Report on vaccination proceedings throughout the Government of Bengal -
Year: 1868
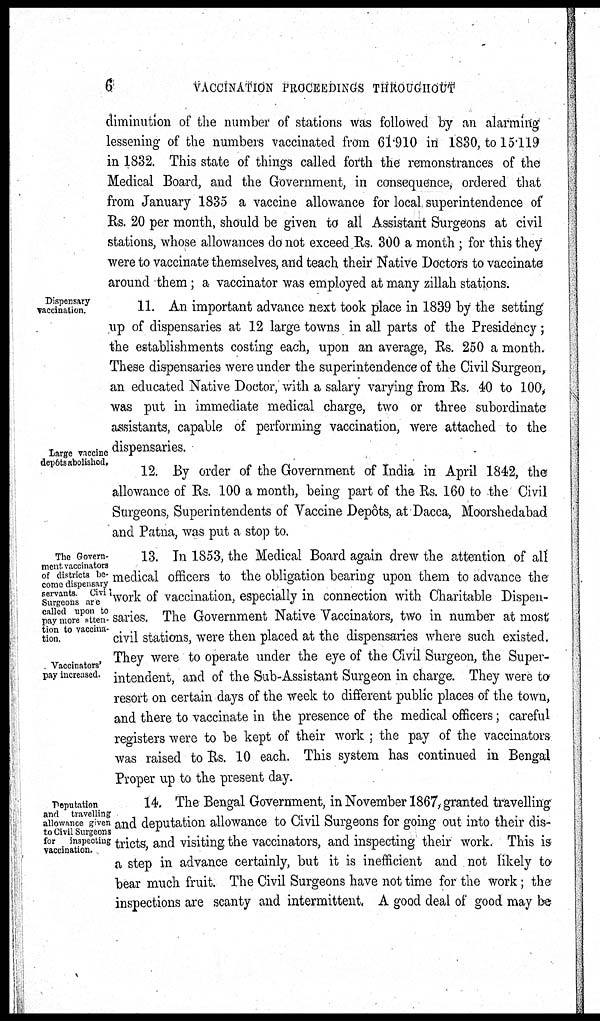
6
VACCINATION PROCEEDINGS THROUGHOUT
diminution of the number of stations was followed by an alarming
lessening of the numbers vaccinated from 61.910 in 1830, to 15.119
in 1832. This state of things called forth the remonstrances of the
Medical Board, and the Government, in consequence, ordered that
from January 1835 a vaccine allowance for local superintendence of
Rs. 20 per month, should be given to all Assistant Surgeons at civil
stations, whose allowances do not exceed Rs. 300 a month; for this they
were to vaccinate themselves, and teach their Native Doctors to vaccinate
around them; a vaccinator was employed at many zillah stations.
Dispensary
vaccination.
11. An important advance next took place in 1839 by the setting
up of dispensaries at 12 large towns in all parts of the Presidency;
the establishments costing each, upon an average, Rs. 250 a month.
These dispensaries were under the superintendence of the Civil Surgeon,
an educated Native Doctor, with a salary varying from Rs. 40 to 100,
was put in immediate medical charge, two or three subordinate
assistants, capable of performing vaccination, were attached to the
dispensaries.
Large vaccine
depôts abolished.
12. By order of the Government of India in April 1842, the
allowance of Rs. 100 a month, being part of the Rs. 160 to the Civil
Surgeons, Superintendents of Vaccine Depôts, at Dacca, Moorshedabad
and Patna, was put a stop to.
The Govern-
ment vaccinators
of districts be-
come dispensary
servants
Civil
Surgeons are
called upon to
pay more atten-
tion to vaccina-
tion.
Vaccinators'
pay increased.
13. In 1853, the Medical Board again drew the attention of all
medical officers to the obligation bearing upon them to advance the
work of vaccination, especially in connection with Charitable Dispen-
saries. The Government Native Vaccinators, two in number at most
civil stations, were then placed at the dispensaries where such existed.
They were to operate under the eye of the Civil Surgeon, the Super-
intendent, and of the Sub-Assistant Surgeon in charge. They were to
resort on certain days of the week to different public places of the town,
and there to vaccinate in the presence of the medical officers; careful
registers were to be kept of their work ; the pay of the vaccinators
was raised to Rs. 10 each. This system has continued in Bengal
Proper up to the present day.
Deputation
and travelling
allowance given
to Civil Surgeons
for
inspecting
vaccination.
14. The Bengal Government, in November 1867, granted travelling
and deputation allowance to Civil Surgeons for going out into their dis-
tricts, and visiting the vaccinators, and inspecting their work. This is
a step in advance certainly, but it is inefficient and not likely to
bear much fruit. The Civil Surgeons have not time for the work; the
inspections are scanty and intermittent. A good deal of good may be